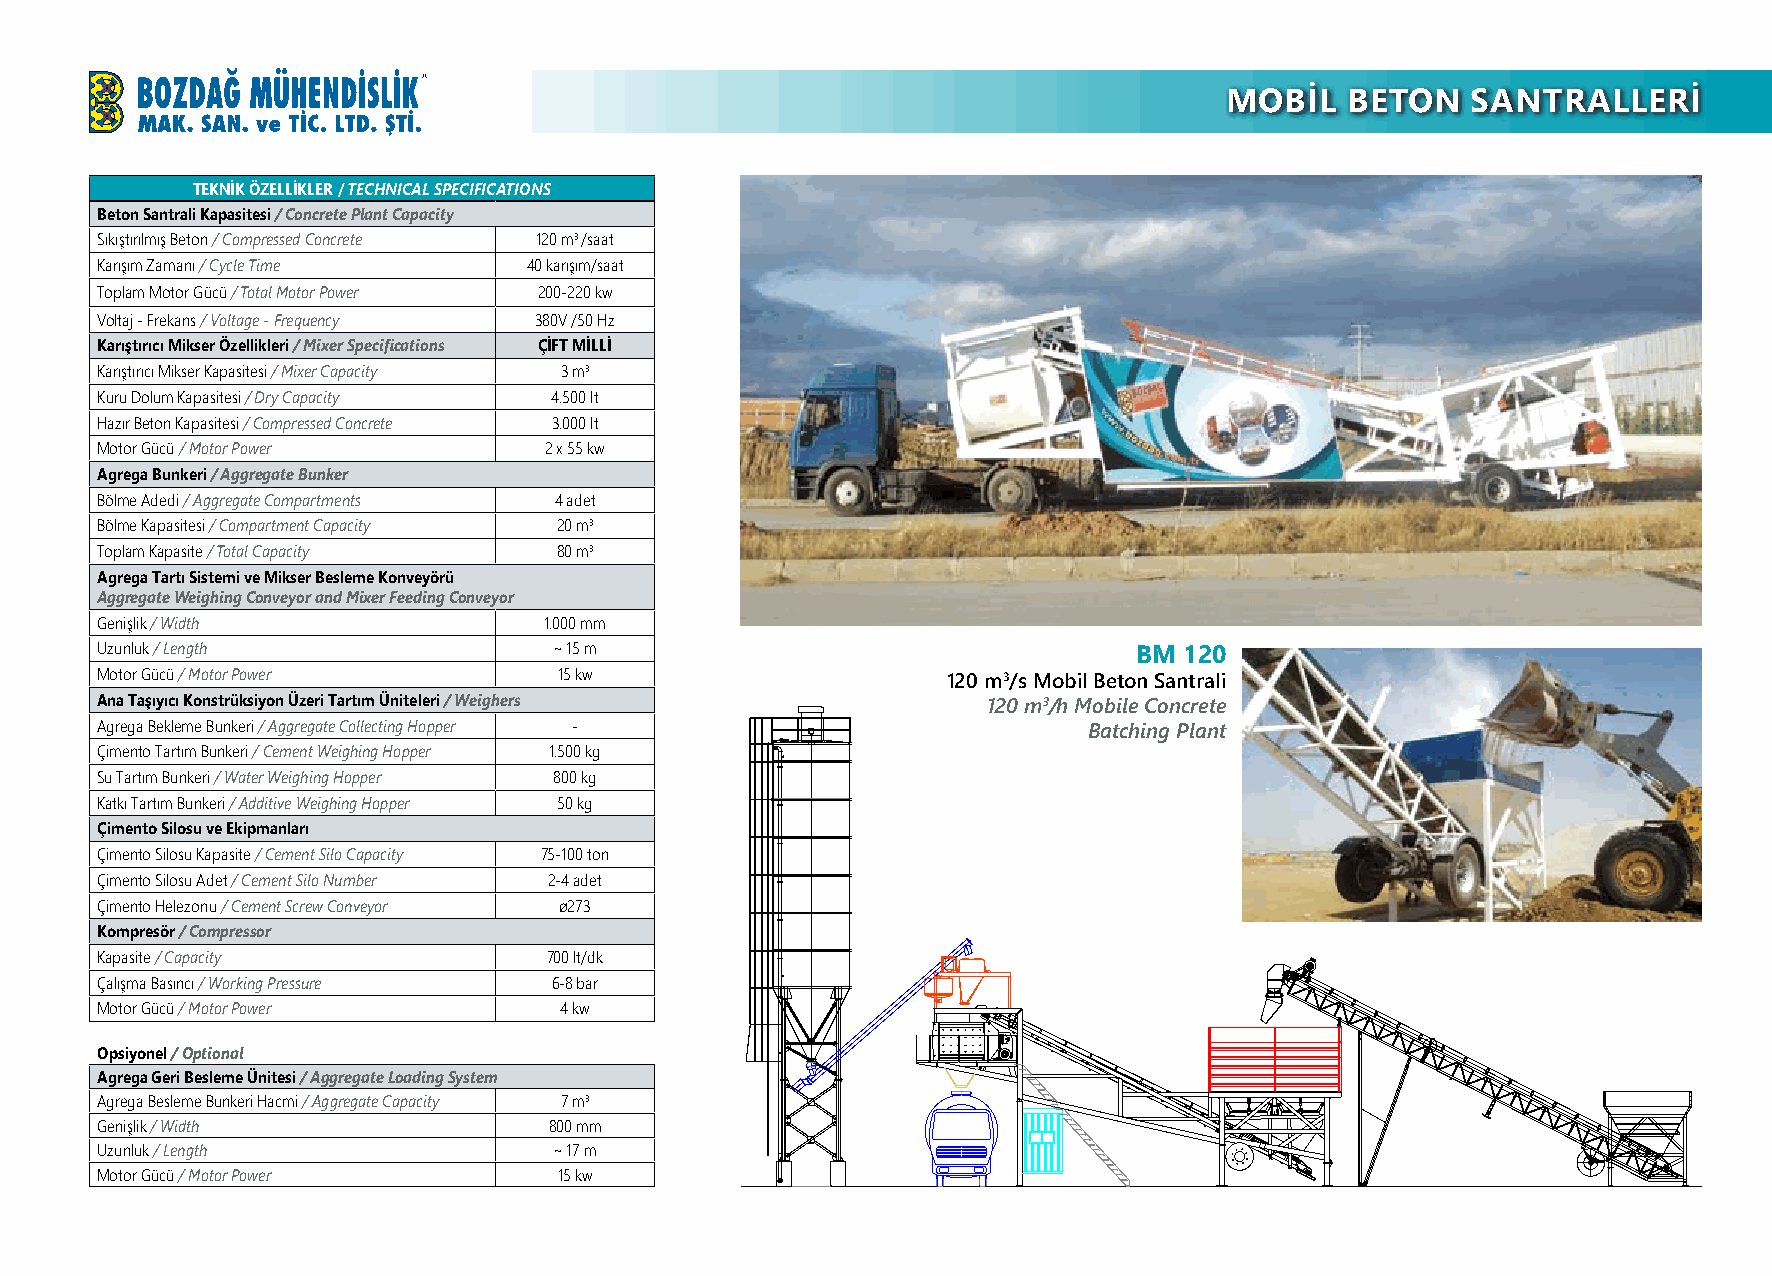
MOBİL   BETON   SANTRALLERİ              Mobile Concrete  Batching Plants
 TEKNİK ÖZELLİKLER / TECHNICAL SPECIFICATIONS
 Beton Santrali Kapasitesi / Concrete Plant Capacity
 Sıkıştırılmış Beton / Compressed Concrete 120 m3 /saat
 Karışım Zamanı / Cycle Time  40 karışım/saat
 Toplam Motor Gücü / Total Motor Power 200-220 kw
 Voltaj - Frekans / Voltage - Frequency 380V /50 Hz
 Karıştırıcı Mikser Özellikleri / Mixer Specifications ÇİFT MİLLİ
 Karıştırıcı Mikser Kapasitesi / Mixer Capacity 3 m3
 Kuru Dolum Kapasitesi / Dry Capacity 4.500 lt
 Hazır Beton Kapasitesi / Compressed Concrete 3.000 lt
 Motor Gücü / Motor Power      2 x 55 kw
 Agrega Bunkeri / Aggregate Bunker
 Bölme Adedi / Aggregate Compartments 4 adet
 Bölme Kapasitesi / Compartment Capacity 20 m3
 Toplam Kapasite / Total Capacity 80 m3
 Agrega Tartı Sistemi ve Mikser Besleme Konveyörü
 Aggregate Weighing Conveyor and Mixer Feeding Conveyor
 Genişlik / Width              1.000 mm
 Uzunluk / Length               ~ 15 m                                BM 120
 Motor Gücü / Motor Power       15 kw                     120 m3/s Mobil Beton Santrali
 Ana Taşıyıcı Konstrüksiyon Üzeri Tartım Üniteleri / Weighers 120 m3/h Mobile Concrete
 Agrega Bekleme Bunkeri / Aggregate Collecting Hopper -            Batching Plant
 Çimento Tartım Bunkeri / Cement Weighing Hopper 1.500 kg
 Su Tartım Bunkeri / Water Weighing Hopper 800 kg
 Katkı Tartım Bunkeri / Additive Weighing Hopper 50 kg
 Çimento Silosu ve Ekipmanları
 Çimento Silosu Kapasite / Cement Silo Capacity 75-100 ton
 Çimento Silosu Adet / Cement Silo Number 2-4 adet
 Çimento Helezonu / Cement Screw Conveyor ø273
 Kompresör / Compressor
 Kapasite / Capacity           700 lt/dk
 Çalışma Basıncı / Working Pressure 6-8 bar
 Motor Gücü / Motor Power       4 kw
 Opsiyonel / Optional
 Agrega Geri Besleme Ünitesi / Aggregate Loading System
 Agrega Besleme Bunkeri Hacmi / Aggregate Capacity 7 m3
 Genişlik / Width              800 mm
 Uzunluk / Length               ~ 17 m
 Motor Gücü / Motor Power       15 kw